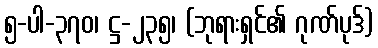
၅-ပါ-၃၇၀၊ ဋ္ဌ-၂၃၅၊ (ဘုရားရှင်၏ ဂုဏ်ပုဒ်)